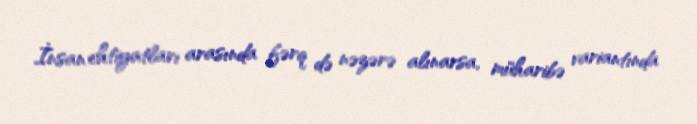
İnsan ehtiyatları arasında fərq də nəzərə alınarsa, müharibə variantında